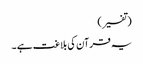
(تفسیر)
یہ قرآن کی بلاغت ہے ۔